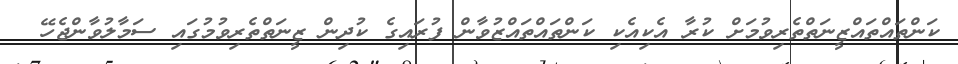
ކަންތައްތައްޒީނަތްތެރިވުމަށް ކުރާ އެކިއެކި ކަންތައްތައްޒުވާން ފުރައިގެ ކުދިން ޒީނަތްތެރިވުމުގައި ސަމާލުވާންޖެހޭ